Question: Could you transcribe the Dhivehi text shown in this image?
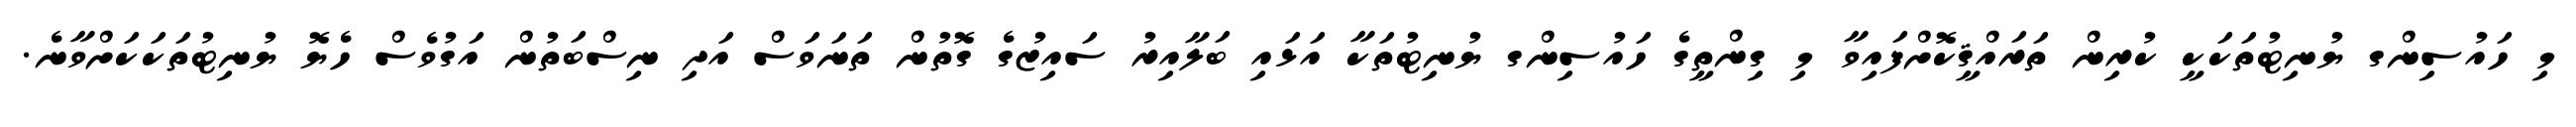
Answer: މި ހައުސިންގ ޔުނިޓުތަކަކީ ކުރިން ތަރައްޤީކޮށްފައިވާ މި ގިންތީގެ ހައުސިންގ ޔުނިޓުތަކާ އަޅައި ބަލާއިރު ސައިޒުގެ ގޮތުން ތަނަވަސް އަދި ނިސްބަތުން އަގުވެސް ހެޔޮ ޔުނިޓުތަކަކަށްވާނެ.